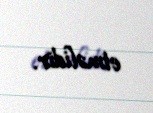
etməlidir.